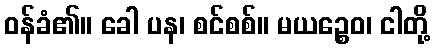
ဝန်ခံ၏။ ခေါ ပန၊ စင်စစ်။ မယဉ္စေဝ၊ ငါတို့